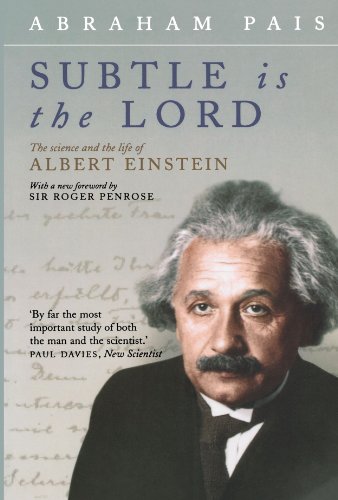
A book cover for Subtle Is the Lord: The Science and the Life of Albert Einstein; Abraham Pais; Science & Math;